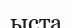
ыста